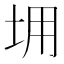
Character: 𡊤